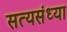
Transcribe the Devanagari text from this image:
सत्यसंध्या